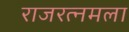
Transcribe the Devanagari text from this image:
राजरत्नमला